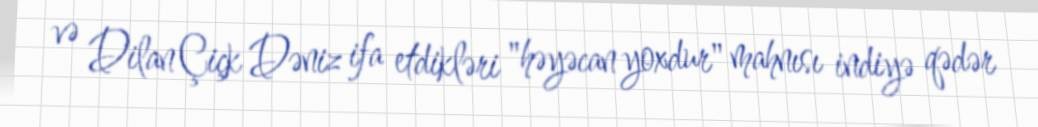
və Dilan Çiçk Dəniz ifa etdikləri "həyəcan yoxdur" mahnısı indiyə qədər